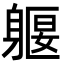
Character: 躽